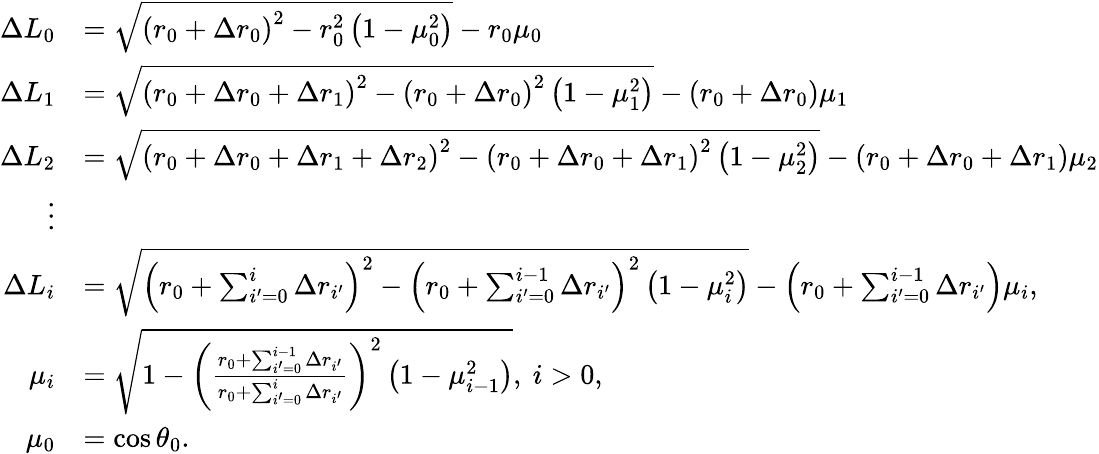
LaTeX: \begin{array}{rl}{\Delta L_{0}}&{=\sqrt{\left(r_{0}+\Delta r_{0}\right)^{2}-r_{0}^{2}\left(1-\mu_{0}^{2}\right)}-r_{0}\mu_{0}}\\ {\Delta L_{1}}&{=\sqrt{\left(r_{0}+\Delta r_{0}+\Delta r_{1}\right)^{2}-\left(r_{0}+\Delta r_{0}\right)^{2}\left(1-\mu_{1}^{2}\right)}-\left(r_{0}+\Delta r_{0}\right)\mu_{1}}\\ {\Delta L_{2}}&{=\sqrt{\left(r_{0}+\Delta r_{0}+\Delta r_{1}+\Delta r_{2}\right)^{2}-\left(r_{0}+\Delta r_{0}+\Delta r_{1}\right)^{2}\left(1-\mu_{2}^{2}\right)}-\left(r_{0}+\Delta r_{0}+\Delta r_{1}\right)\mu_{2}}\\ {\vdots}\\ {\Delta L_{i}}&{=\sqrt{\left(r_{0}+\sum_{i^{\prime}=0}^{i}\Delta r_{i^{\prime}}\right)^{2}-\left(r_{0}+\sum_{i^{\prime}=0}^{i-1}\Delta r_{i^{\prime}}\right)^{2}\left(1-\mu_{i}^{2}\right)}-\left(r_{0}+\sum_{i^{\prime}=0}^{i-1}\Delta r_{i^{\prime}}\right)\mu_{i},}\\ {\mu_{i}}&{=\sqrt{1-\left(\frac{r_{0}+\sum_{i^{\prime}=0}^{i-1}\Delta r_{i^{\prime}}}{r_{0}+\sum_{i^{\prime}=0}^{i}\Delta r_{i^{\prime}}}\right)^{2}\left(1-\mu_{i-1}^{2}\right)},\ i>0,}\\ {\mu_{0}}&{=\cos\theta_{0}.}\end{array}